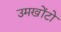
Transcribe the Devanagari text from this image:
उमखोंटो